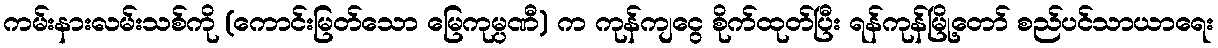
ကမ်းနားလမ်းသစ်ကို (ကောင်းမြတ်သော မြေကုမ္ပဏီ) က ကုန်ကျငွေ စိုက်ထုတ်ပြီး ရန်ကုန်မြို့တော် စည်ပင်သာယာရေး